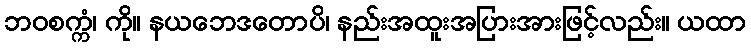
ဘဝစက္ကံ၊ ကို။ နယဘေဒတောပိ၊ နည်းအထူးအပြားအားဖြင့်လည်း။ ယထာ